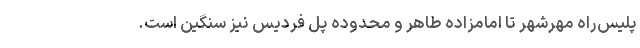
پلیس‌راه مهرشهر تا امامزاده طاهر و محدوده پل فردیس نیز سنگین است.